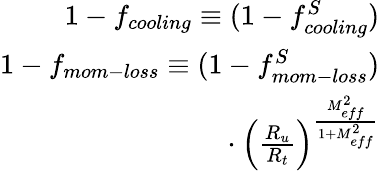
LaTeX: \begin{array}{r}{1-f_{cooling}\equiv(1-f_{cooling}^{S})}\\ {1-f_{mom-loss}\equiv(1-f_{mom-loss}^{S})}\\ {~~~~~~~~~~~~~~~~~~~~~\cdot\left(\frac{R_{u}}{R_{t}}\right)^{\frac{M_{eff}^{2}}{1+M_{eff}^{2}}}}\end{array}